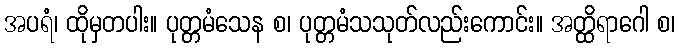
အပရံ၊ ထိုမှတပါး။ ပုတ္တမံသေန စ၊ ပုတ္တမံသသုတ်လည်းကောင်း။ အတ္ထိရာဂေါ စ၊